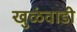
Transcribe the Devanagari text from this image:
खुळंवाडी